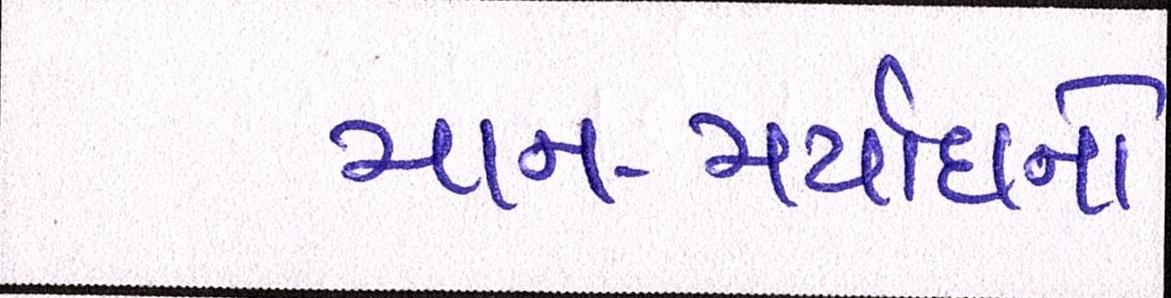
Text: માન-મર્યાદાનો